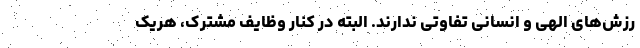
رزش‌های الهی و انسانی تفاوتی ندارند. البته در کنار وظایف مشترک، هریک